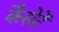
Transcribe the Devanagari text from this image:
कैसेटें